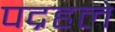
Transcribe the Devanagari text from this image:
पद्रहले